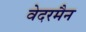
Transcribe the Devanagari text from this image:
वेदरमैन